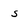
Character: s